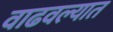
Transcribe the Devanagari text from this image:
वाढवल्यात